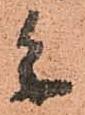
參